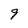
Character: 9